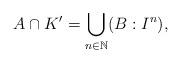
LaTeX: \begin{align*}A\cap K'=\bigcup_{n\in\mathbb N}(B:I^n),\end{align*}